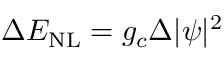
\Delta E _ { \mathrm { N L } } = g _ { c } \Delta | \psi | ^ { 2 }